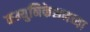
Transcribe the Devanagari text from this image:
कम्युनिकेशनच्या